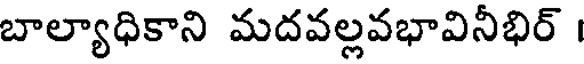
బాల్యాధికాని మదవల్లవభావినీభిర్